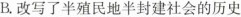
B.改写了半殖民地半封建社会的历史